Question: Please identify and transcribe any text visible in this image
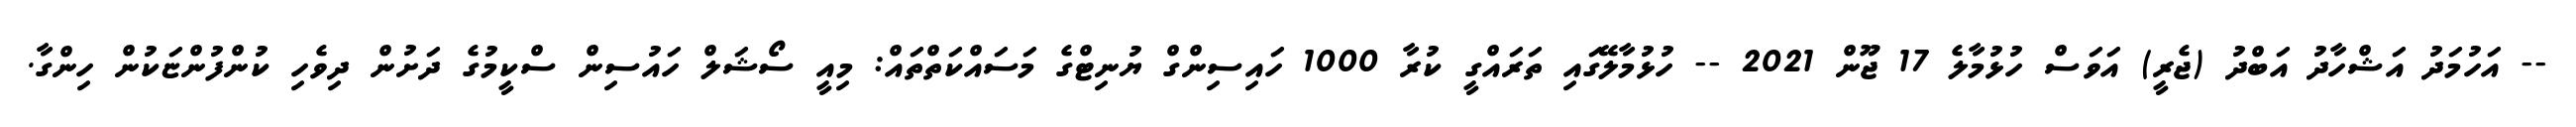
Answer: -- އަހުމަދު އަޝްހާދު އަބްދު (ޖެރީ) އަވަސް ހުޅުމާލެ 17 ޖޫން 2021 -- ހުޅުމާލޭގައި ތަރައްގީ ކުރާ 1000 ހައިސިންގް ޔުނިޓްގެ މަސައްކަތްތައް: މިއީ ސޯޝަލް ހައުސިން ސްކީމުގެ ދަށުން ދިވެހި ކުންފުންޏަކުން ހިންގާ.